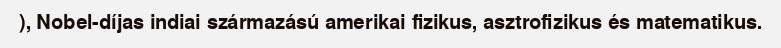
), Nobel-díjas indiai származású amerikai fizikus, asztrofizikus és matematikus.